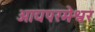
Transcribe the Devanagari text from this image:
आद्यपरमेश्वर